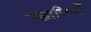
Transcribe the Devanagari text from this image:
पद्धातियाँ